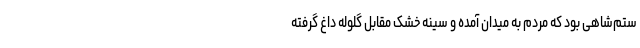
ستم‌شاهی بود که مردم به میدان آمده و سینه خشک مقابل گلوله داغ گرفته